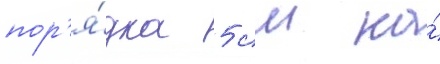
пор'я́дка 5 см на́